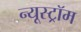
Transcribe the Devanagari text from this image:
न्यूस्ट्रॉम